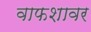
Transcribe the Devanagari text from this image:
वाफशावर